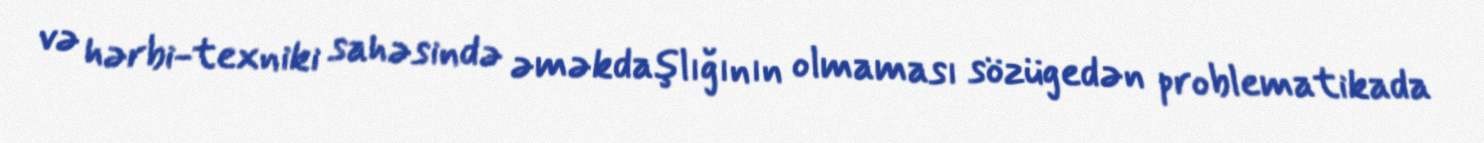
və hərbi-texniki sahəsində əməkdaşlığının olmaması sözügedən problematikada